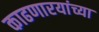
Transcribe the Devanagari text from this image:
काढणारयांच्या